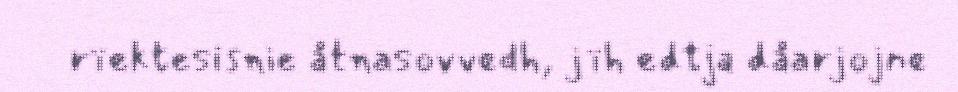
rïektesisnie åtnasovvedh, jïh edtja dåarjojne